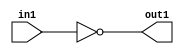
`timescale 1ps / 1ps
/*****************************************************************************
    Verilog RTL Description
    
    Generated at: 23:20:55 EST (-0500), Thursday 19 November 2020
    Generated on: zhang-x1.ece.cornell.edu
    Generated by: jl3952 (Jie Liu)
    
    Created by: Stratus DpOpt 2017.1.02 
    Copyright (c) 2014-2015 Cadence Design Systems. All rights reserved worldwide.
    
    Cadence Design Systems proprietary and confidential
    ===================================================
    
    May contain information that incorporates Cadence Design Systems CellMath
    and other inventions claimed in Pending U.S. Patents.
    
    May contain Cadence Design Systems Trade Secrets of which use, disclosure or
    reproduction is contractually restricted or prohibited.  For more
    information, contact your legal department before any use, disclosure or
    reproduction.
*******************************************************************************/

module dut_Not_1U_1U_4 (
	in1,
	out1
	); /* architecture "behavioural" */ 
input  in1;
output  out1;
wire  asc001;

assign asc001 = 
	((~in1));

assign out1 = asc001;
endmodule

/* CADENCE  urT1Sgs= : u9/ySgnYtBlWxVDRUQkU4ug= ** DO NOT EDIT THIS LINE ******/